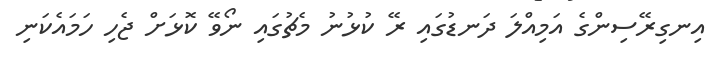
އިނގިރޭސިންގެ އަމިއްލަ ދަނޑުގައި ރޭ ކުޅުނު މެޗުގައި ނޯވޭ ކޮޅަށް ޖެހި ހަމައެކަނި